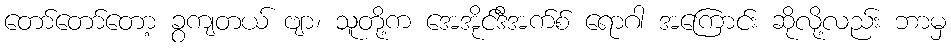
တော်တော်တော့ ခွကျတယ် ဗျာ၊ သူတို့က အေအိုင်ဒီအက်စ် ရောဂါ အကြောင်း ဆိုလို့လည်း ဘာမှ